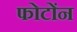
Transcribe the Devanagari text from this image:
फोटोंन